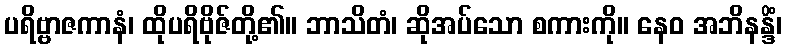
ပရိဗ္ဗာဇကာနံ၊ ထိုပရိဗိုဇ်တို့၏။ ဘာသိတံ၊ ဆိုအပ်သော စကားကို။ နေဝ အဘိနန္ဒိံ၊